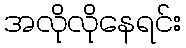
အလိုလိုနေရင်း